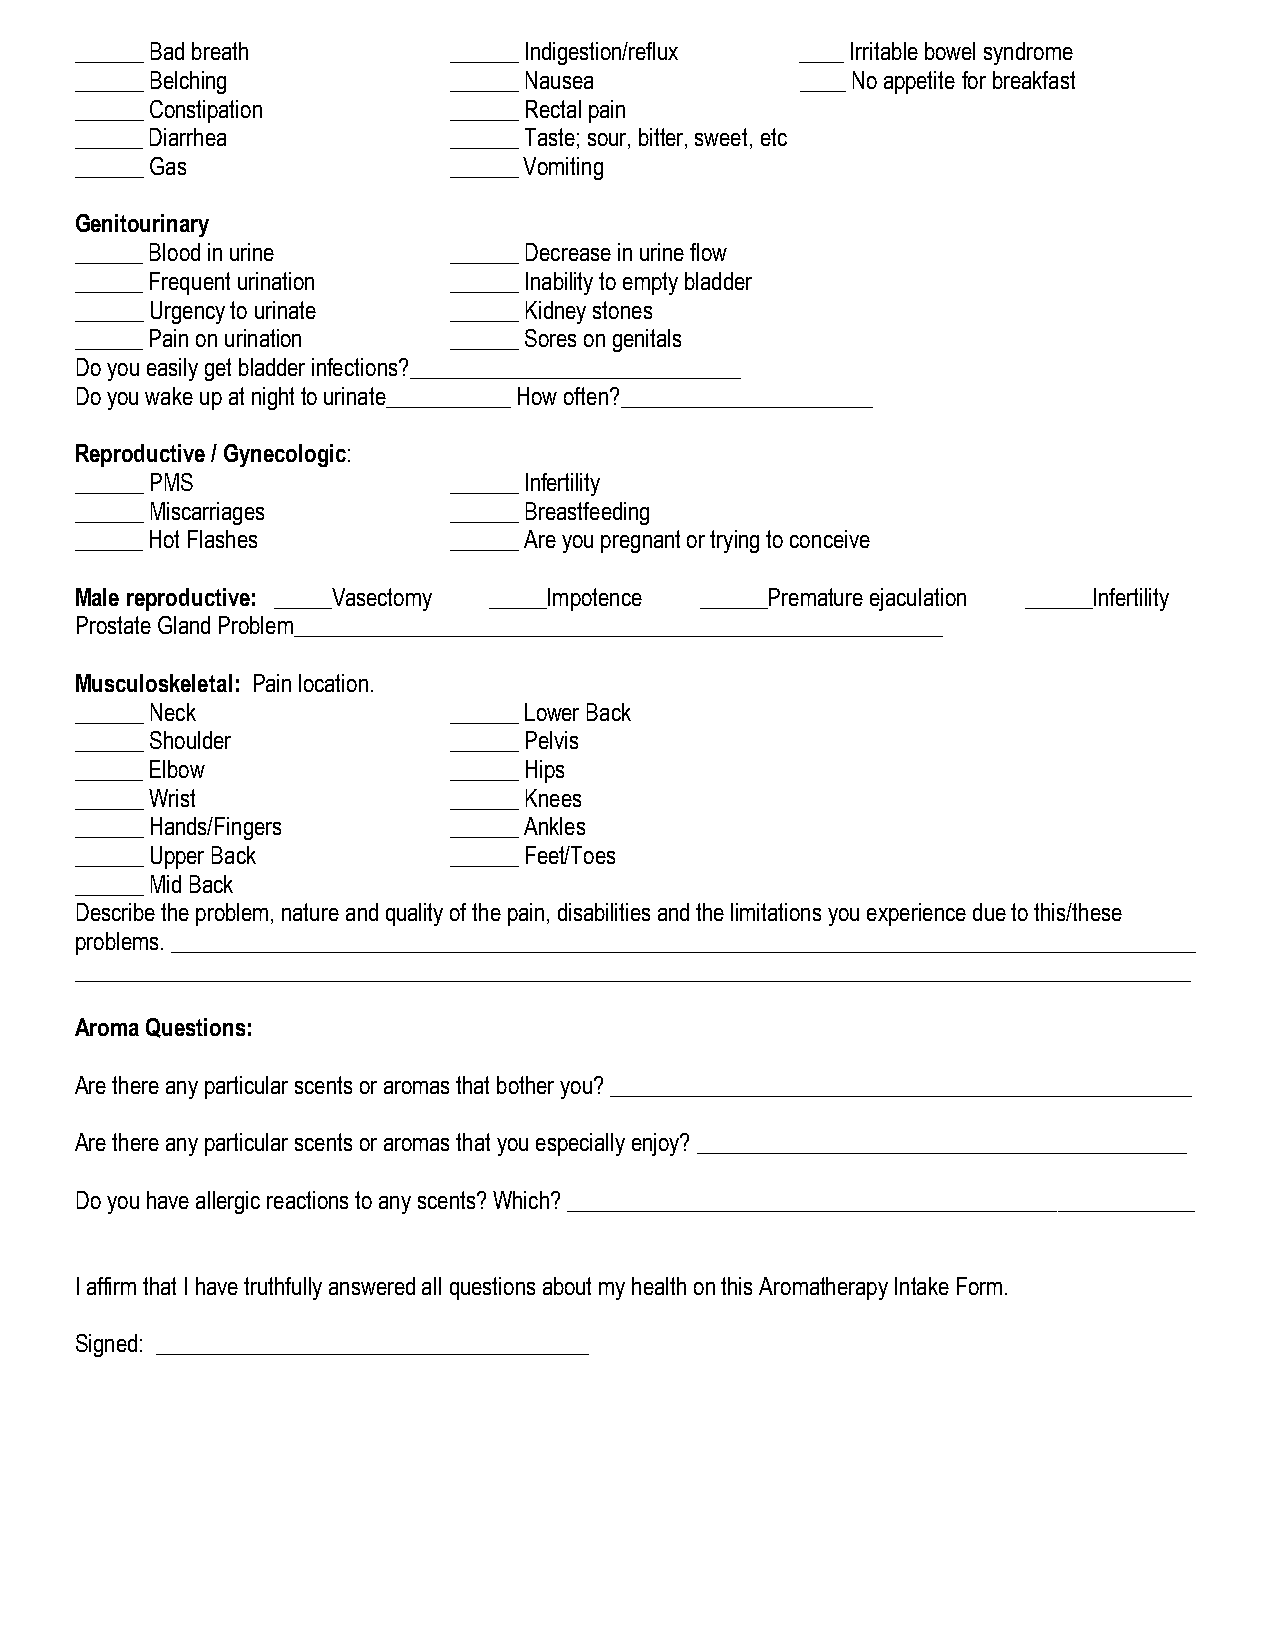
______ Bad breath        ______ Indigestion/reflux ____ Irritable bowel syndrome
 ______ Belching          ______ Nausea          ____ No appetite for breakfast
 ______ Constipation      ______ Rectal pain
 ______ Diarrhea          ______ Taste; sour, bitter, sweet, etc
 ______ Gas               ______ Vomiting
 Genitourinary
 ______ Blood in urine    ______ Decrease in urine flow
 ______ Frequent urination ______ Inability to empty bladder
 ______ Urgency to urinate ______ Kidney stones
 ______ Pain on urination ______ Sores on genitals
 Do you easily get bladder infections?_____________________________
 Do you wake up at night to urinate___________ How often?______________________
 Reproductive / Gynecologic:
 ______ PMS               ______ Infertility
 ______ Miscarriages      ______ Breastfeeding
 ______ Hot Flashes       ______ Are you pregnant or trying to conceive
 Male reproductive: _____Vasectomy _____Impotence ______Premature ejaculation ______Infertility
 Prostate Gland Problem_________________________________________________________
 Musculoskeletal: Pain location.
 ______ Neck              ______ Lower Back
 ______ Shoulder          ______ Pelvis
 ______ Elbow             ______ Hips
 ______ Wrist             ______ Knees
 ______ Hands/Fingers     ______ Ankles
 ______ Upper Back        ______ Feet/Toes
 ______ Mid Back
 Describe the problem, nature and quality of the pain, disabilities and the limitations you experience due to this/these
 problems. __________________________________________________________________________________________
 __________________________________________________________________________________________________
 Aroma Questions:
 Are there any particular scents or aromas that bother you? ___________________________________________________
 Are there any particular scents or aromas that you especially enjoy? ___________________________________________
 Do you have allergic reactions to any scents? Which? _______________________________________________________
 I affirm that I have truthfully answered all questions about my health on this Aromatherapy Intake Form.
 Signed: ______________________________________